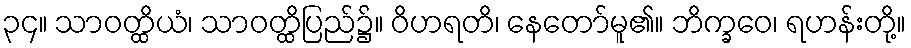
၃၄။ သာဝတ္ထိယံ၊ သာဝတ္ထိပြည်၌။ ဝိဟရတိ၊ နေတော်မူ၏။ ဘိက္ခဝေ၊ ရဟန်းတို့။